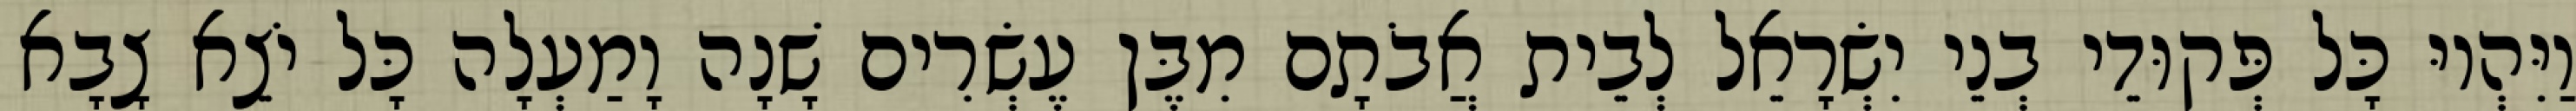
וַיִּהְיוּ כָּל פְּקוּדֵי בְנֵי יִשְׂרָאֵל לְבֵית אֲבֹתָם מִבֶּן עֶשְׂרִים שָׁנָה וָמַעְלָה כָּל יֹצֵא צָבָא